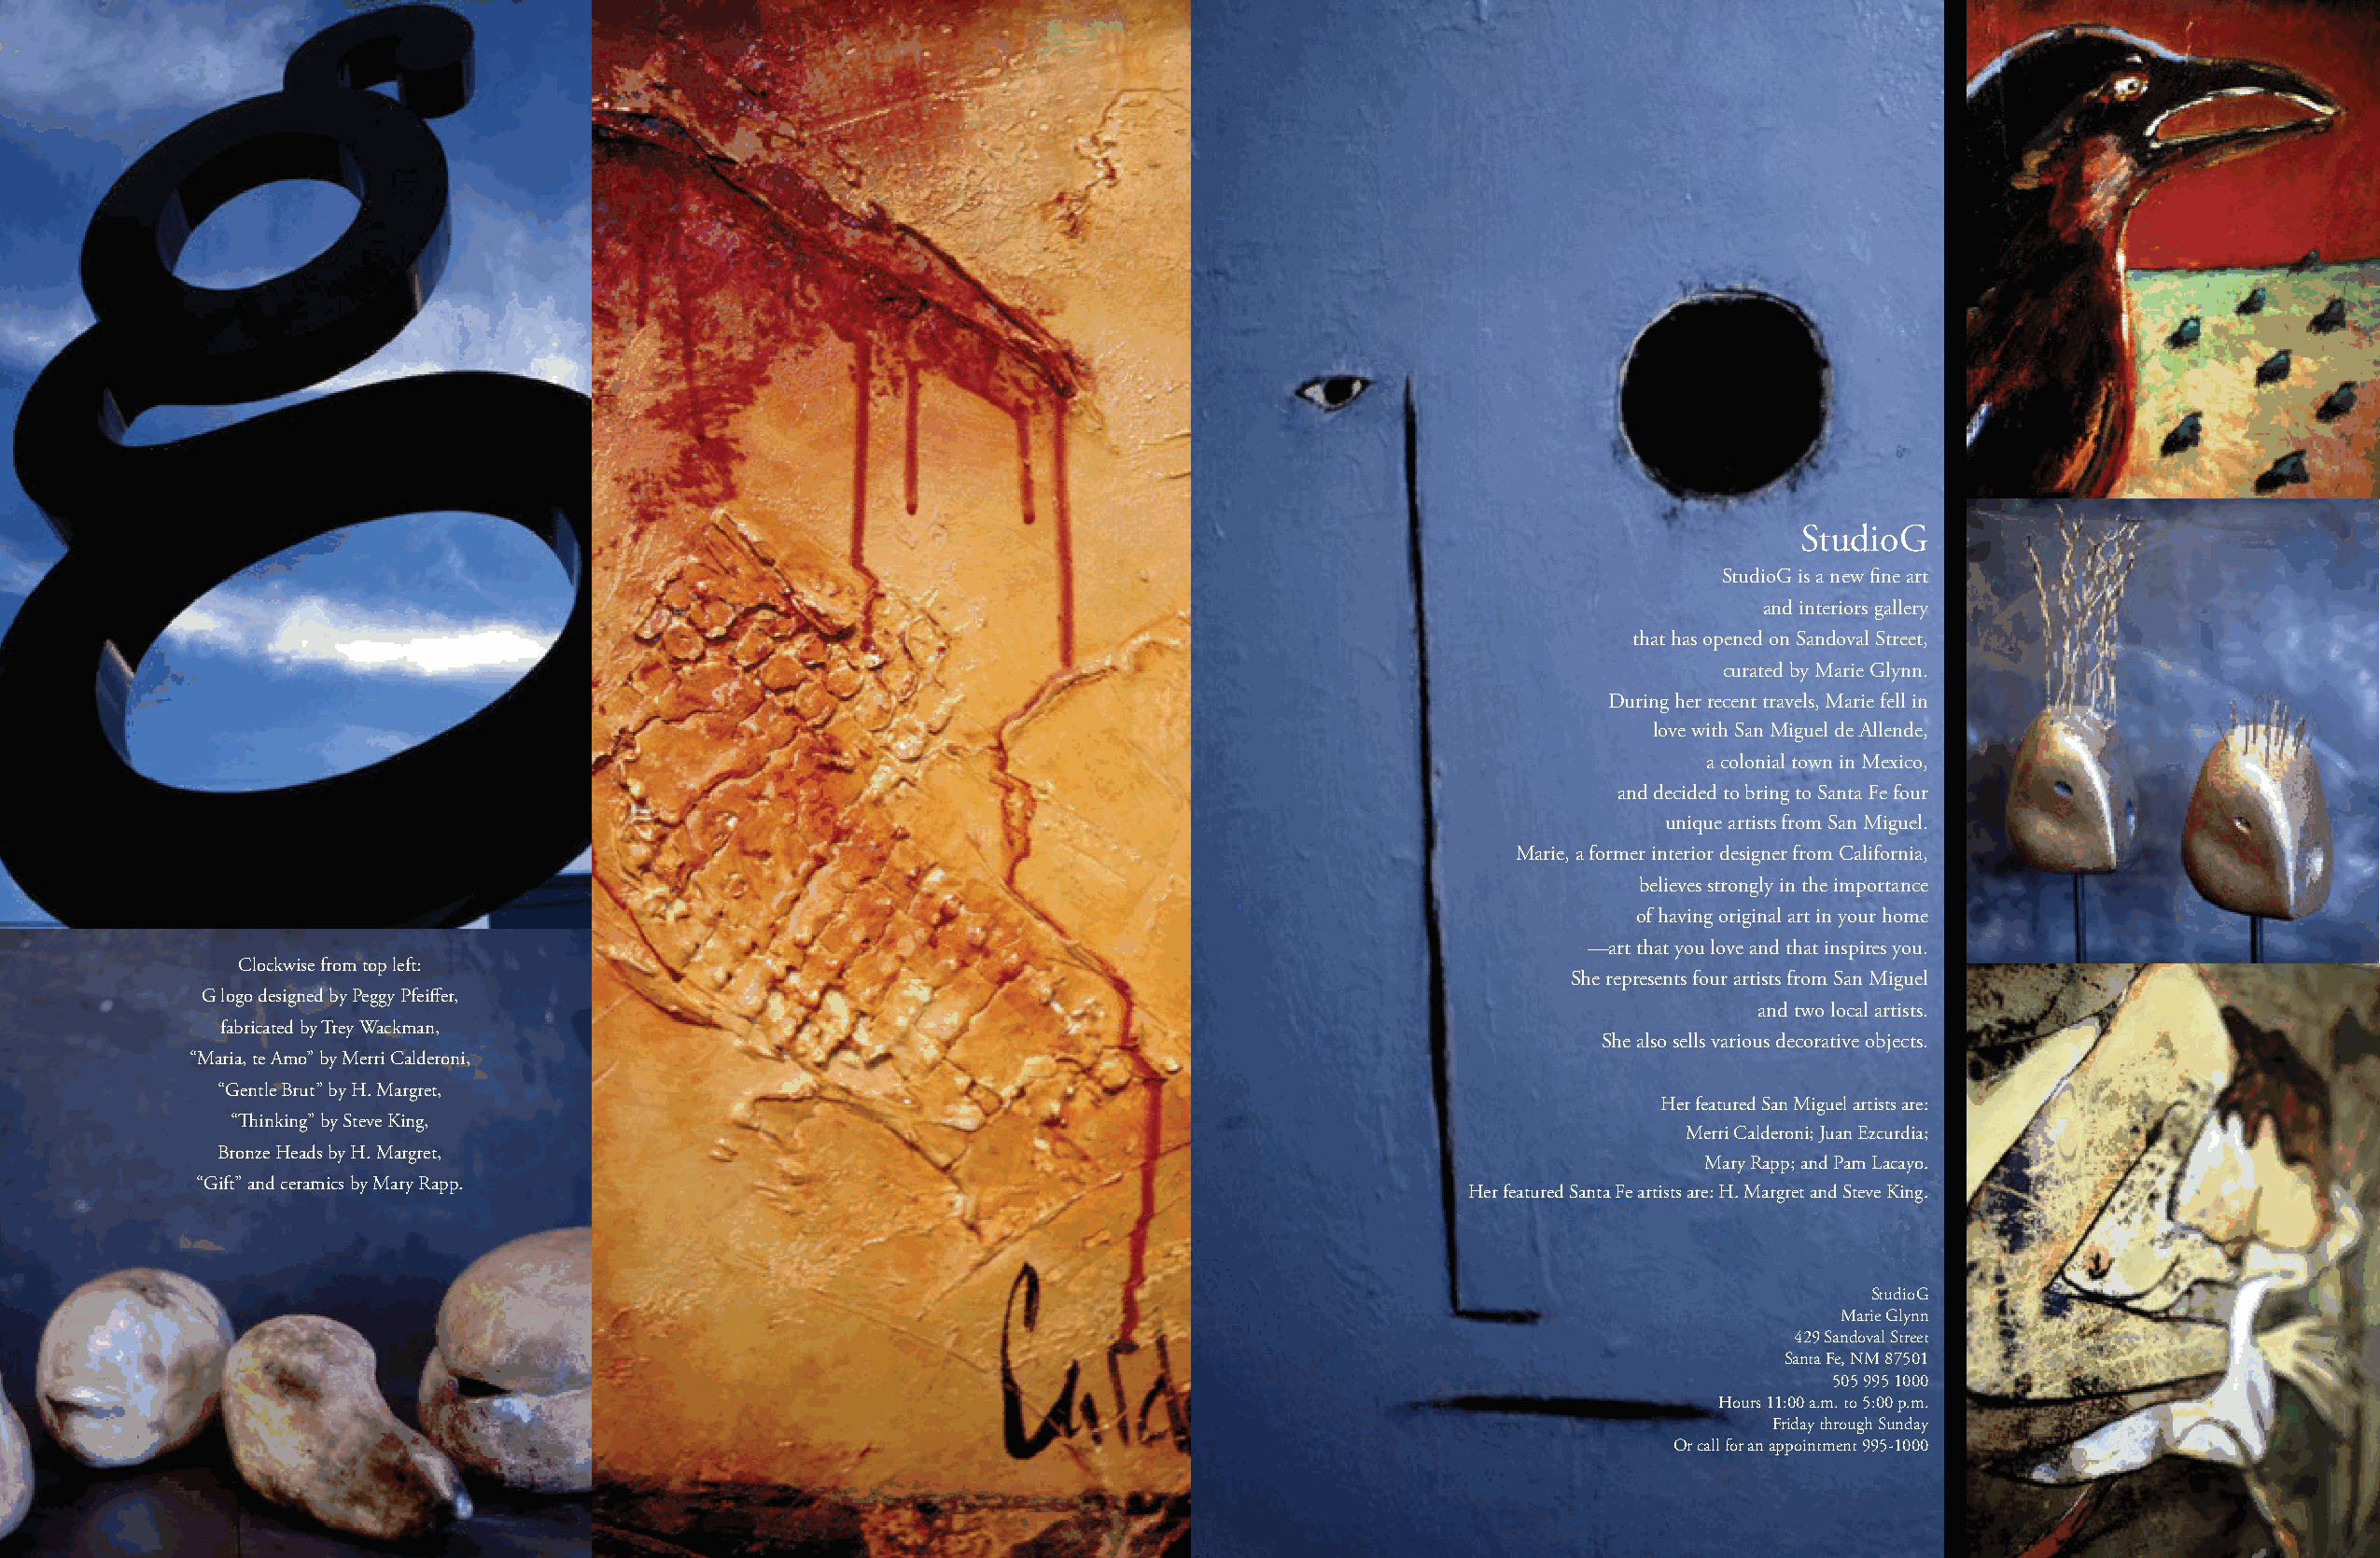
StudioG
 StudioG is a new fine art
 and interiors gallery
 that has opened on Sandoval Street,
 curated by Marie Glynn.
 During her recent travels, Marie fell in
 love with San Miguel de Allende,
 a colonial town in Mexico,
 and decided to bring to Santa Fe four
 unique artists from San Miguel.
 Marie, a former interior designer from California,
 believes strongly in the importance
 of having original art in your home
 —art that you love and that inspires you.
 Clockwise from top left:
 She represents four artists from San Miguel
 G logo designed by Peggy Pfeiffer,
 and two local artists.
 fabricated by Trey Wackman,
 She also sells various decorative objects.
 “Maria, te Amo” by Merri Calderoni,
 “Gentle Brut” by H. Margret,
 Her featured San Miguel artists are:
 “Thinking” by Steve King,
 Merri Calderoni; Juan Ezcurdia;
 Bronze Heads by H. Margret,
 Mary Rapp; and Pam Lacayo.
 “Gift” and ceramics by Mary Rapp.
 Her featured Santa Fe artists are: H. Margret and Steve King.
 StudioG
 Marie Glynn
 429 Sandoval Street
 Santa Fe, NM 87501
 505 995 1000
 Hours 11:00 a.m. to 5:00 p.m.
 Friday through Sunday
 Or call for an appointment 995-1000